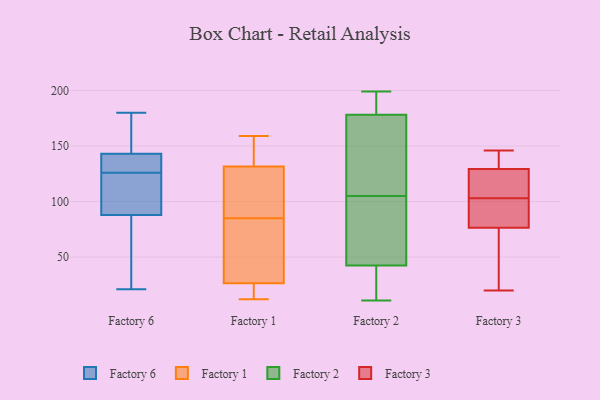
{"axis": {"x": "Budget (USD K)", "y": "Value"}, "legend": ["Factory 1", "Factory 2", "Factory 3", "Factory 6"], "data": [{"x": "", "y": 132, "type": "Factory 6"}, {"x": "", "y": 156, "type": "Factory 6"}, {"x": "", "y": 129, "type": "Factory 6"}, {"x": "", "y": 158, "type": "Factory 6"}, {"x": "", "y": 143, "type": "Factory 6"}, {"x": "", "y": 109, "type": "Factory 6"}, {"x": "", "y": 21, "type": "Factory 6"}, {"x": "", "y": 180, "type": "Factory 6"}, {"x": "", "y": 100, "type": "Factory 6"}, {"x": "", "y": 77, "type": "Factory 6"}, {"x": "", "y": 135, "type": "Factory 6"}, {"x": "", "y": 88, "type": "Factory 6"}, {"x": "", "y": 130, "type": "Factory 6"}, {"x": "", "y": 112, "type": "Factory 6"}, {"x": "", "y": 66, "type": "Factory 6"}, {"x": "", "y": 29, "type": "Factory 6"}, {"x": "", "y": 123, "type": "Factory 6"}, {"x": "", "y": 155, "type": "Factory 6"}, {"x": "", "y": 159, "type": "Factory 1"}, {"x": "", "y": 138, "type": "Factory 1"}, {"x": "", "y": 125, "type": "Factory 1"}, {"x": "", "y": 18, "type": "Factory 1"}, {"x": "", "y": 106, "type": "Factory 1"}, {"x": "", "y": 14, "type": "Factory 1"}, {"x": "", "y": 150, "type": "Factory 1"}, {"x": "", "y": 39, "type": "Factory 1"}, {"x": "", "y": 82, "type": "Factory 1"}, {"x": "", "y": 88, "type": "Factory 1"}, {"x": "", "y": 12, "type": "Factory 1"}, {"x": "", "y": 35, "type": "Factory 1"}, {"x": "", "y": 25, "type": "Factory 2"}, {"x": "", "y": 199, "type": "Factory 2"}, {"x": "", "y": 66, "type": "Factory 2"}, {"x": "", "y": 192, "type": "Factory 2"}, {"x": "", "y": 182, "type": "Factory 2"}, {"x": "", "y": 177, "type": "Factory 2"}, {"x": "", "y": 95, "type": "Factory 2"}, {"x": "", "y": 177, "type": "Factory 2"}, {"x": "", "y": 105, "type": "Factory 2"}, {"x": "", "y": 41, "type": "Factory 2"}, {"x": "", "y": 135, "type": "Factory 2"}, {"x": "", "y": 11, "type": "Factory 2"}, {"x": "", "y": 43, "type": "Factory 2"}, {"x": "", "y": 20, "type": "Factory 3"}, {"x": "", "y": 103, "type": "Factory 3"}, {"x": "", "y": 104, "type": "Factory 3"}, {"x": "", "y": 76, "type": "Factory 3"}, {"x": "", "y": 134, "type": "Factory 3"}, {"x": "", "y": 68, "type": "Factory 3"}, {"x": "", "y": 146, "type": "Factory 3"}, {"x": "", "y": 115, "type": "Factory 3"}, {"x": "", "y": 94, "type": "Factory 3"}, {"x": "", "y": 144, "type": "Factory 3"}, {"x": "", "y": 78, "type": "Factory 3"}]}